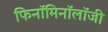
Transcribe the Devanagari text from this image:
फिनॉमिनॉलॉजी